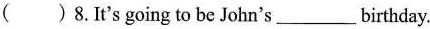
( )8.It's going to be John's ___ birthday.